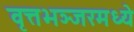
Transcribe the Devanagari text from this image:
वृत्तभञ्जरमध्ये